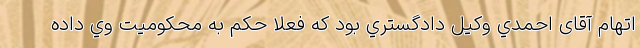
اتهام‌ آقای احمدي وكيل دادگستري بود كه فعلا حكم به محكوميت وي داده